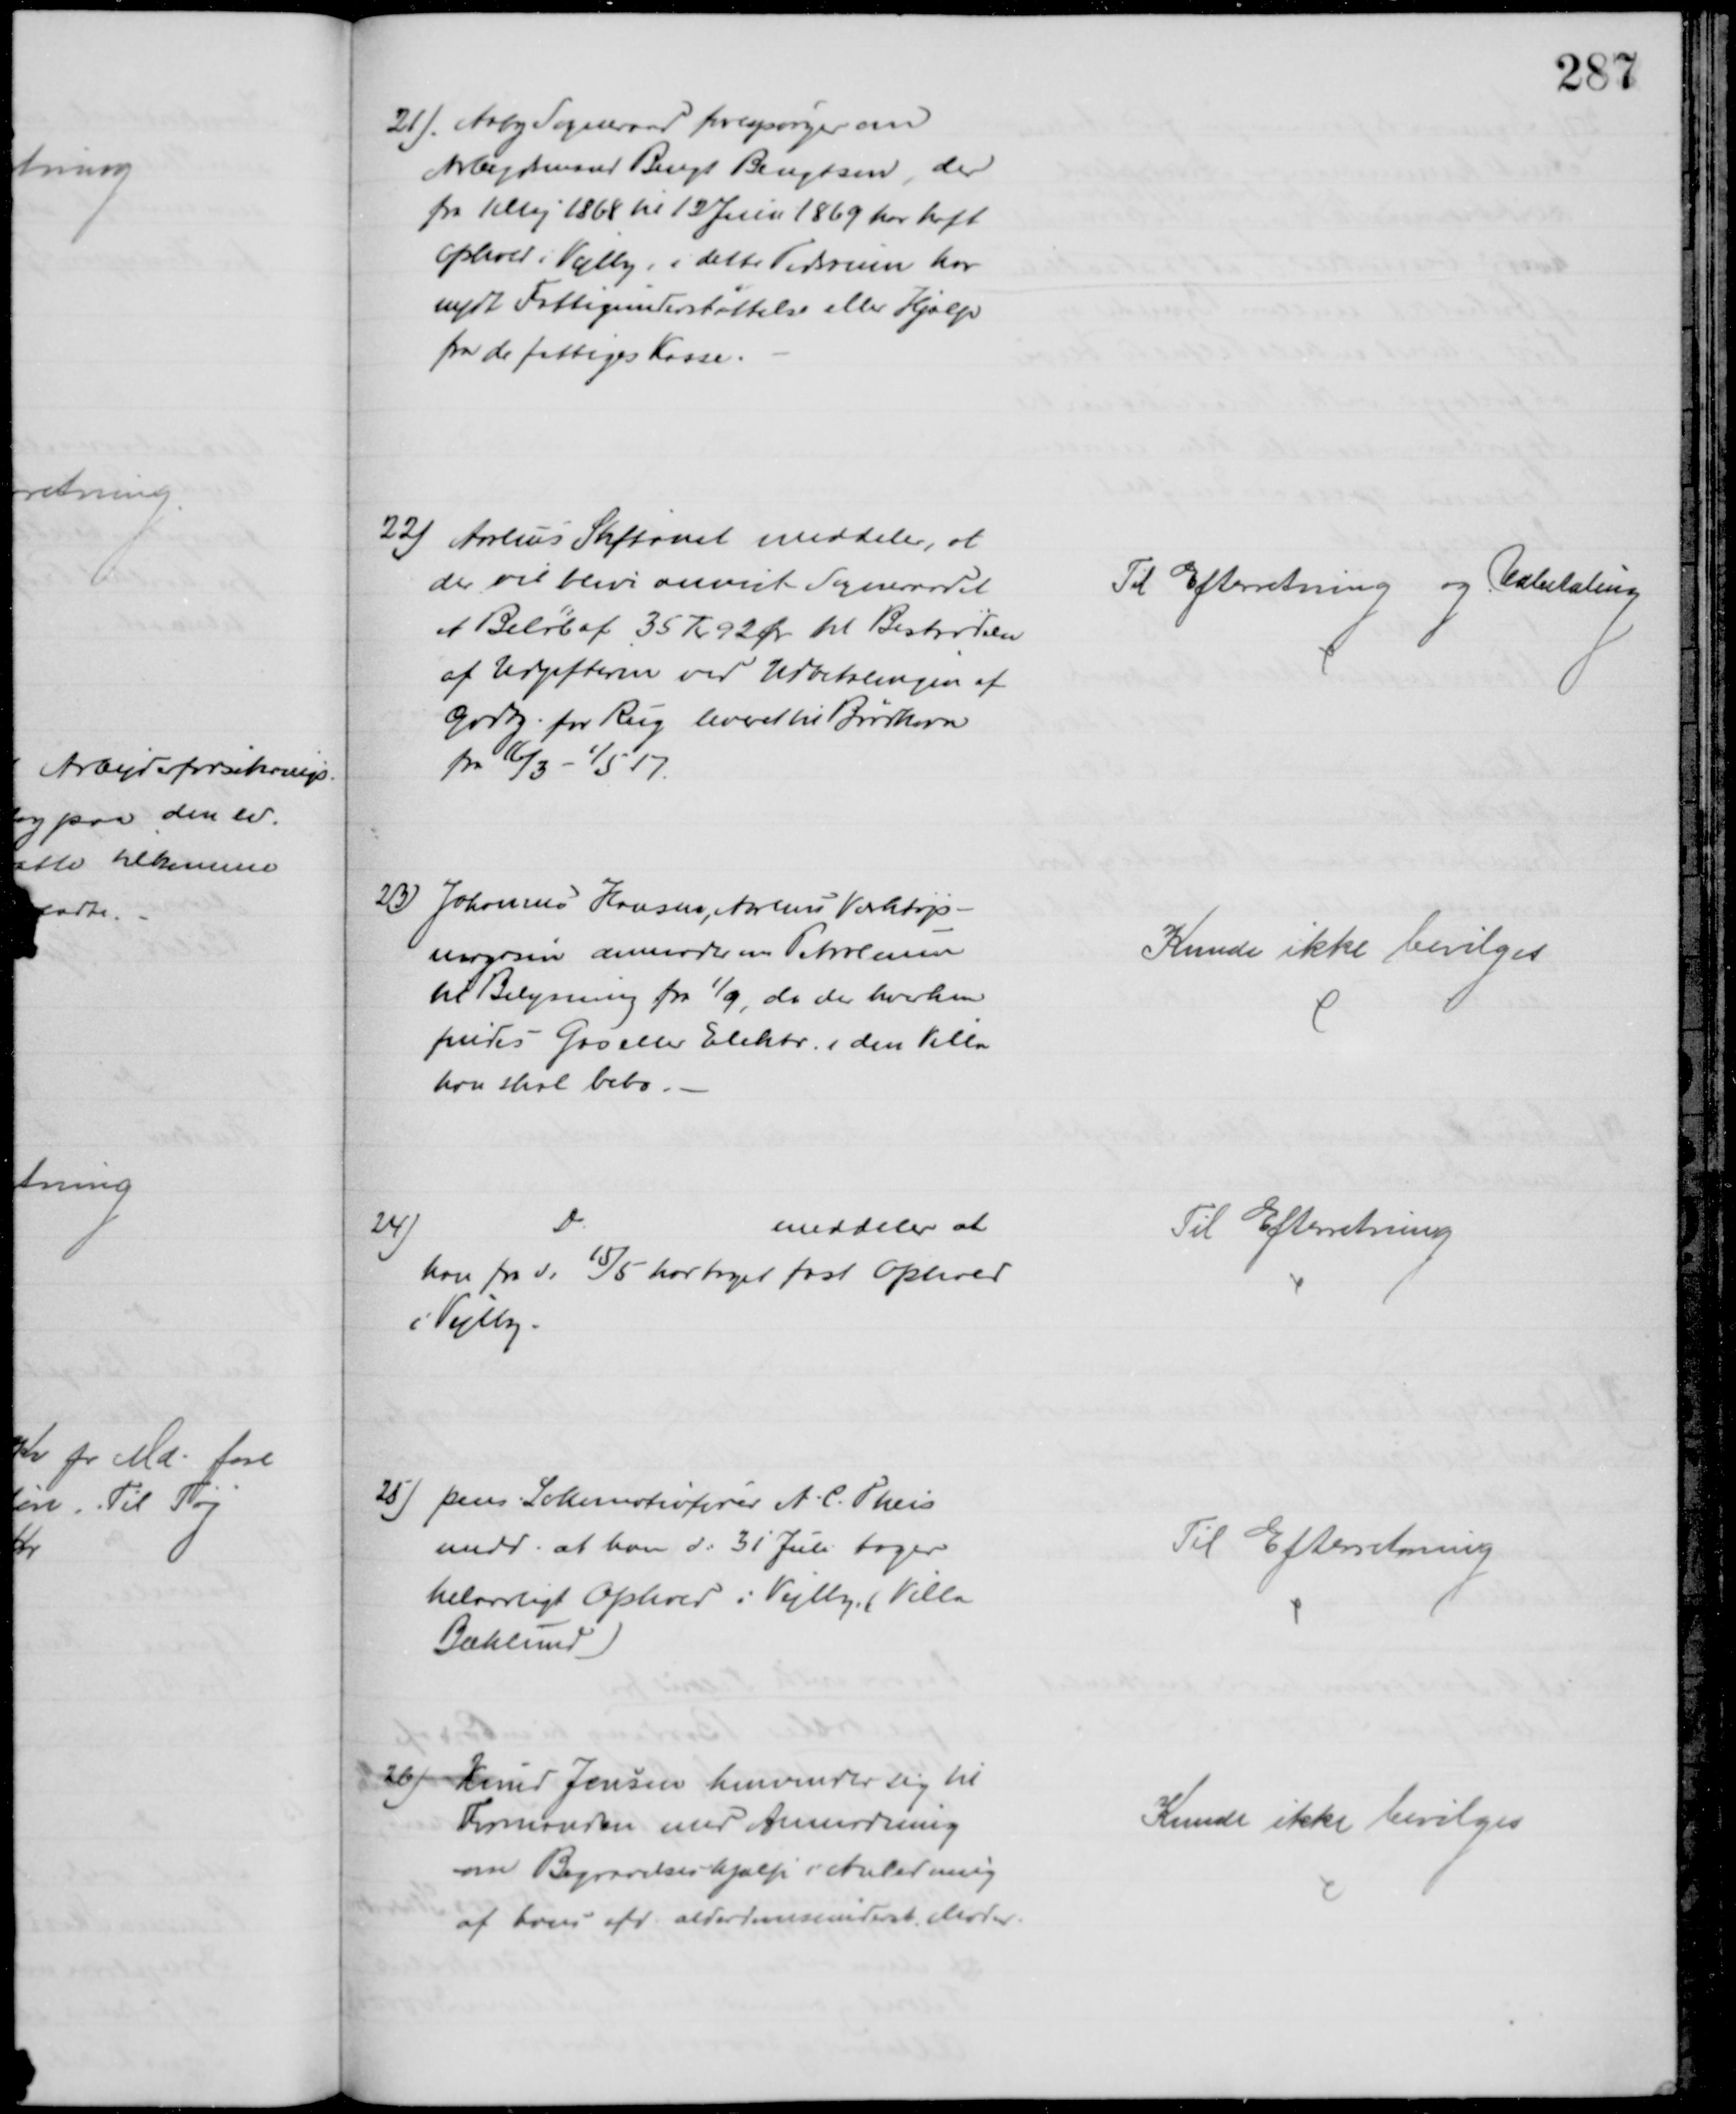
Transskription:
21). Aaby Sogneraad forespørger om
Arbejdsmand Bengt Bengtsen, der
fra 1 Maj 1868 til 12 Juni 1869 har haft
Ophold i Vejlby, i dette Tidsrum har 
nydt Fattigunderstøttelse eller Hjælp
fra de fattiges Kasse.
22)
Aarhus Stiftamt meddeler, at 
der vil blive anvist Sogneraadet
et Beløb af 35 Kr 92 Ør til Bestridelse
af Udgifterne ved Udbetalingen af
Godtg. for Rug leveret til Brødkorn
fra 16/3 - 1/5 17.
Til Efterretning og Udbetaling
23) Johannes Hansen, Aarhus Værktøjs-
magasin anmoder om Petroleum
til Belysning fra 1/9, da der hverken
findes Gas eller Elektr. i den Villa
han skal bebo.
Kunde ikke bevilges
24)
Do
meddeler at
han fra d: 15/5 har taget fast Ophold
i Vejlby.
Til Efterretning
25) pens Lokomotivfører A. C. Theis
medd. at han d: 31 Juli tager
helaarligt Ophold i Vejlby. (Villa
Bæklund)
Til Efterretning
26)
Knud Jensen henvender sig til
Formanden med Anmodning
om Begravelseshjælp i Anledning
af hans afd. alderdomsunderst. Moder.
Kunde ikke bevilges